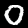
Label: 0